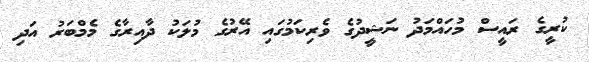
ކުރީގެ ރައީސް މުހައްމަދު ނަޝީދުގެ ވެރިކަމުގައި އޭރުގެ މުލަކު ދާއިރާގެ މެމްބަރު އަދި